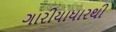
ગારીયાધારથી